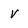
Character: v